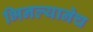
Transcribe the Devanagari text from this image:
भिनल्यानेच